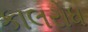
કાલરોધ